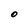
Character: O